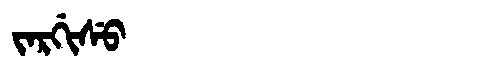
Manchu: ᠵᠠᡵᡤᡳᠰᡠ
Romanization: JARGISU